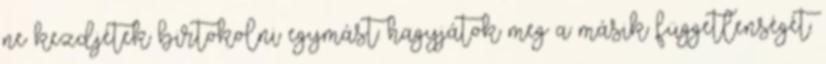
ne kezdjétek birtokolni egymást: hagyjátok meg a másik függetlenségét.